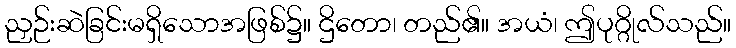
ညှဉ်းဆဲခြင်းမရှိသောအဖြစ်၌။ ဌိတော၊ တည်၏။ အယံ၊ ဤပုဂ္ဂိုလ်သည်။